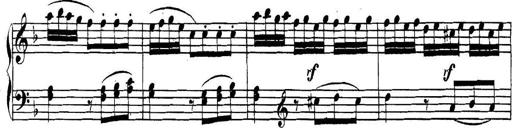
Title: Collected Piano Sonatas
Composer: Muzio Clementi